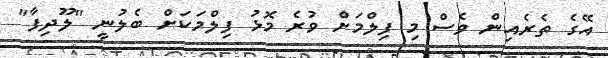
އޭގެ ތެރެއިން ވެސް މި ފިލްމަށް ވުރެ މޮޅު ފިލްމަކަށް ބެލުނީ "ލޫދިފާ"